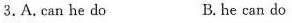
3.A.can he do B. he can do